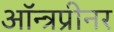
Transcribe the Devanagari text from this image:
ऑन्त्रप्रीनर